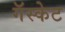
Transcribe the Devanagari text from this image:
गॅस्केट